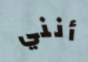
أنني